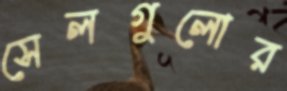
সেলগুলোর